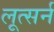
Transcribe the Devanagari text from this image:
लूत्सर्न